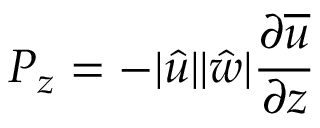
P _ { z } = - | \hat { u } | | \hat { w } | \frac { \partial { \overline { { u } } } } { \partial z }